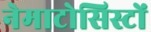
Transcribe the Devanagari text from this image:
नेमाटोसिस्टों